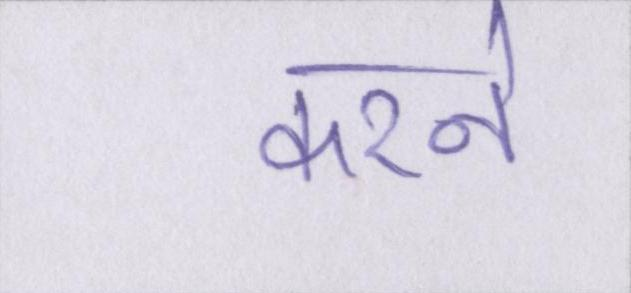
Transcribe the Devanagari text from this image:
करने